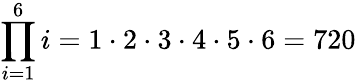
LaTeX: \prod_{i=1}^{6}i=1\cdot 2\cdot 3\cdot 4\cdot 5\cdot 6=720